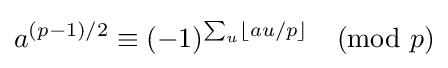
a^{(p-1)/2}\equiv (-1)^{\sum _{u}\left\lfloor au/p\right\rfloor }{\pmod {p}}